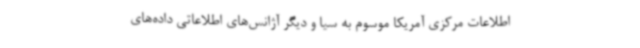
اطلاعات مرکزی آمریکا موسوم به سیا و دیگر آژانس‌های اطلاعاتی داده‌های